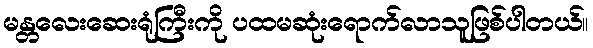
မန္တလေးဆေးရုံကြီးကို ပထမဆုံးရောက်လာသူဖြစ်ပါတယ်။